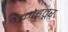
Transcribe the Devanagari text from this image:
कोहतूर